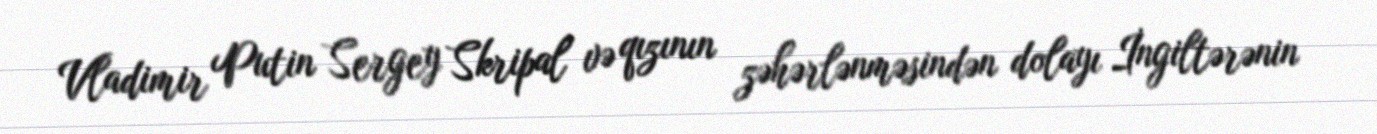
Vladimir Putin Sergey Skripal və qızının zəhərlənməsindən dolayı İngiltərənin